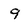
Character: 9